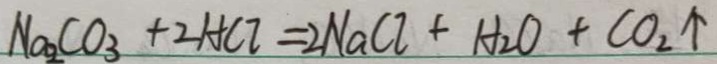
N a _ { 2 } C O _ { 3 } + 2 H C l = 2 N a C l + H _ { 2 } O + C O _ { 2 } \uparrow